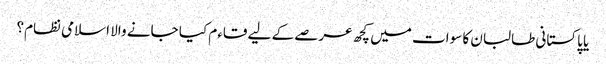
یا پاکستانی طالبان کا سوات میں کچھ عرصے کے لیے قاءم کیا جانے والا اسلامی نظام؟